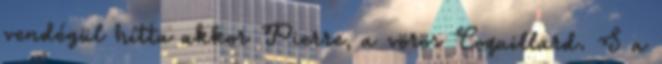
vendégül hítta akkor Pierre, a vörös Coquillard. S a